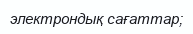
электрондық сағаттар;